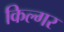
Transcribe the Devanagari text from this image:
किल्‍गर